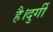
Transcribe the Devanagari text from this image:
है।दुर्गी